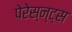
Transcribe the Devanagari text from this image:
पेरेस्न्ट्स